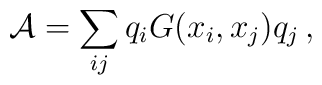
{\cal A} = \sum_{ij} q_i G(x_i,x_j) q_j\,,